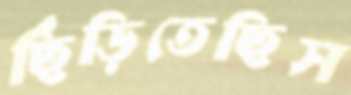
ছিঁড়িতেছিস